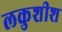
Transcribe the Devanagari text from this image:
लकुशीश